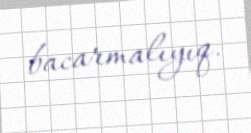
bacarmalıyıq.